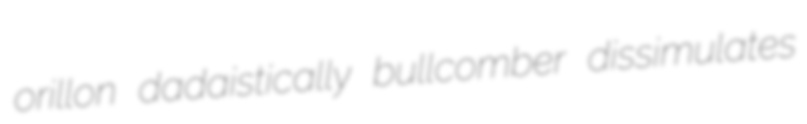
orillon dadaistically bullcomber dissimulates